Report on plague in the Punjab from October 1st ... to September 30th ..., being the ... season of plague in the province
Disease focus: Plague
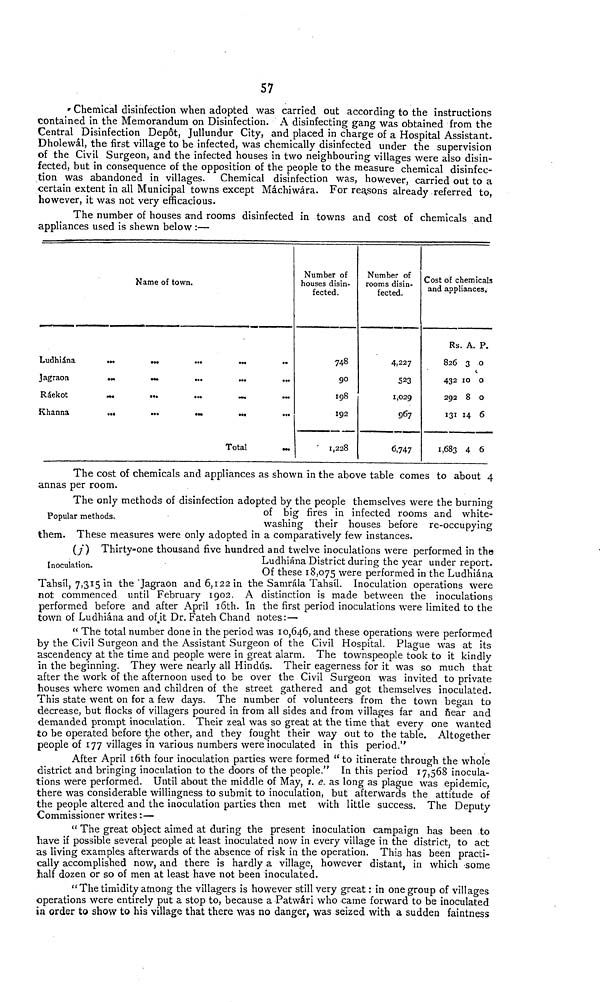
57
Chemical disinfection when adopted was carried out according to the instructions
contained in the Memorandum on Disinfection. A disinfecting gang was obtained from the
Central Disinfection Depot, Jullundur City, and placed in charge of a Hospital Assistant.
Dholewál, the first village to be infected, was chemically disinfected under the supervision
of the Civil Surgeon, and the infected houses in two neighbouring villages were also disin-
fected, but in consequence of the opposition of the people to the measure chemical disinfec-
tion was abandoned in villages. Chemical disinfection was, however, carried out to a
certain extent in all Municipal towns except Máchiwára. For reasons already referred to,
however, it was not very efficacious.
The number of houses and rooms disinfected in towns and cost of chemicals and
appliances used is shewn below :—
Name of town.
Ludhiána
Jagraon
Ráekot
Khanna
• ..
...
...
• ••
...
...
...
...
...
...
...
•••
• ••
...
...
•••
Total
...
...
...
Number of
houses disin-
fected.
748
90
198
192
1,228
Number of
rooms disin-
fected.
4,227
523
1,029
967
6,747
Cost of chemicals
and appliances
Rs. A. P.
826 3 0
432 10 0
292 8 0
131 14 6
1,683 4 6
The cost of chemicals and appliances as shown in the above table comes to about 4
annas per room.
Popular methods.
The only methods of disinfection adopted by the people themselves were the burning
of big fires in infected rooms and white-
washing their houses before re-occupying
them. These measures were only adopted in a comparatively few instances.
Inoculation.
(j) Thirty-one thousand five hundred and twelve inoculations were performed in the
Ludhiána District during the year under report.
Of these 18,075 were performed in the Ludhiána
Tahsíl, 7,315 in the Jagraon and 6,122 in the Samrála Tahsíl. Inoculation operations were
not commenced until February 1902. A distinction is made between the inoculations
performed before and after April 16th. In the first period inoculations were limited to the
town of Ludhiána and of, it Dr. Fateh Chand notes:—
" The total number done in the period was 10,646, and these operations were performed
by the Civil Surgeon and the Assistant Surgeon of the Civil Hospital. Plague was at its
ascendency at the time and people were in great alarm. The townspeople took to it kindly
in the beginning. They were nearly all Hindus. Their eagerness for it was so much that
after the work of the afternoon used to be over the Civil Surgeon was invited to private
houses where women and children of the street gathered and got themselves inoculated.
This state went on for a few days. The number of volunteers from the town began to
decrease, but flocks of villagers poured in from all sides and from villages far and near and
demanded prompt inoculation. Their zeal was so great at the time that every one wanted
to be operated before the other, and they fought their way out to the table. Altogether
people of 177 villages in various numbers were inoculated in this period."
After April 16th four inoculation parties were formed " to itinerate through the whole
district and bringing inoculation to the doors of the people." In this period 17,568 inocula-
tions were performed. Until about the middle of May, i. e. as long as plague was epidemic,
there was considerable willingness to submit to inoculation, but afterwards the attitude of
the people altered and the inoculation parties then met with little success. The Deputy
Commissioner writes :—
" The great object aimed at during the present inoculation campaign has been to
have if possible several people at least inoculated now in every village in the district, to act
as living examples afterwards of the absence of risk in the operation. This has been practi-
cally accomplished now, and there is hardly a village, however distant, in which some
half dozen or so of men at least have not been inoculated.
" The timidity among the villagers is however still very great : in one group of villages
operations were entirely put a stop to, because a Patwári who came forward to be inoculated
in order to show to his village that there was no danger, was seized with a sudden faintness